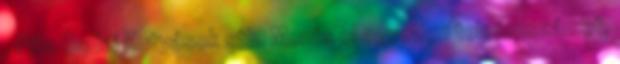
, Pilis Budai Kutyások stb. Ments el egyetlen telefonszámot,